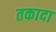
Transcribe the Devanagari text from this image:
तकादा